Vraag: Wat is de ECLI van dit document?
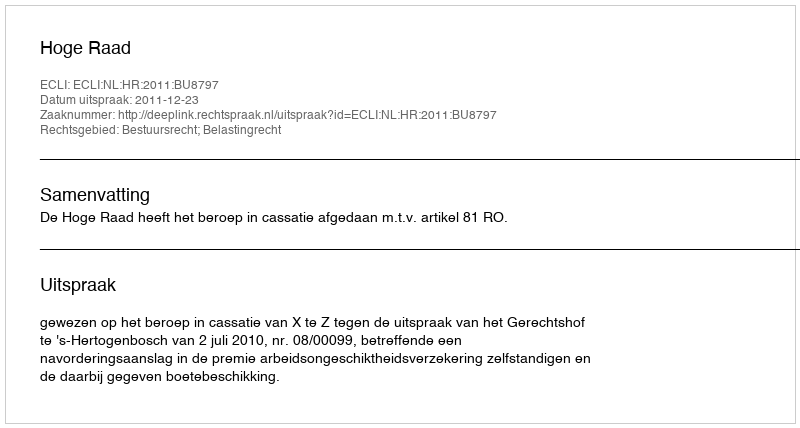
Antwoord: ECLI:NL:HR:2011:BU8797